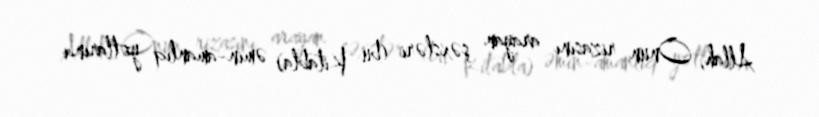
Allah, Onun rizasını arayan şəxsləri (bu Kitabla) əmin-amanlıq yollarına